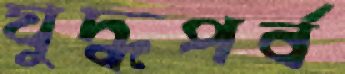
যুদ্ধপর্ব